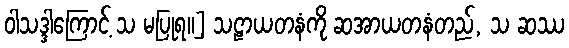
ဝါသဒ္ဒါကြောင့် သ မပြုရ။] သဠာယတနံကို ဆအာယတနံတည်, သ ဆဿ